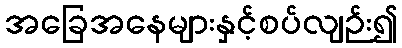
အခြေအနေများနှင့်စပ်လျဉ်း၍